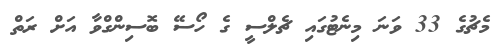
މެޗުގެ 33 ވަނަ މިނެޓުގައި ޗެލްސީ ގެ ހޯސޭ ބޮސިންގްވާ އަށް ރަތް